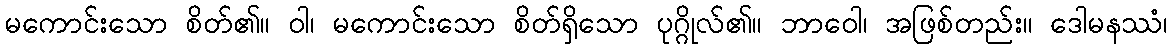
မကောင်းသော စိတ်၏။ ဝါ၊ မကောင်းသော စိတ်ရှိသော ပုဂ္ဂိုလ်၏။ ဘာဝေါ၊ အဖြစ်တည်း။ ဒေါမနဿံ၊